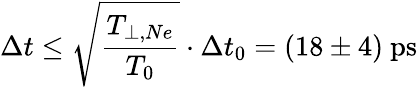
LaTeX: \Delta t\leq\sqrt{\frac{T_{\perp,Ne}}{T_{0}}}\cdot\Delta t_{0}=(18\pm 4)~\mathrm{ps}